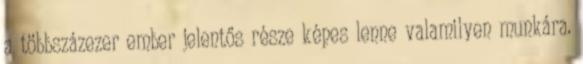
a többszázezer ember jelentős része képes lenne valamilyen munkára.